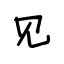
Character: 见